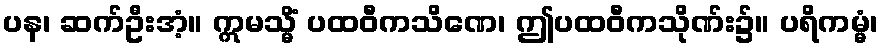
ပန၊ ဆက်ဦးအံ့။ ဣမသ္မိံ ပထဝီကသိဏေ၊ ဤပထဝီကသိုဏ်း၌။ ပရိကမ္မံ၊